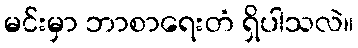
မင်းမှာ ဘာစာရေးတံ ရှိပါသလဲ။